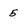
Character: 5